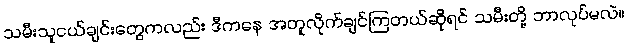
သမီးသူငယ်ချင်းတွေကလည်း ဒီကနေ အတူလိုက်ချင်ကြတယ်ဆိုရင် သမီးတို့ ဘာလုပ်မလဲ။